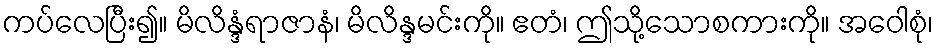
ကပ်လေပြီး၍။ မိလိန္ဒံရာဇာနံ၊ မိလိန္ဒမင်းကို။ ဧတံ၊ ဤသို့သောစကားကို။ အဝေါစုံ၊